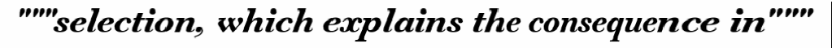
"""selection, which explains the consequence in"""